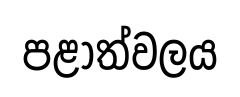
පළාත්වලය